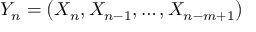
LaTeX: Y _ { n } = \left( X _ { n } , X _ { n - 1 } , \ldots , X _ { n - m + 1 } \right)